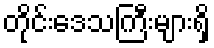
တိုင်းဒေသကြီးများရှိ